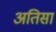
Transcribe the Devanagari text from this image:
अतिसा